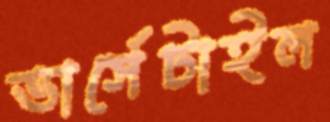
ভার্সেটাইল